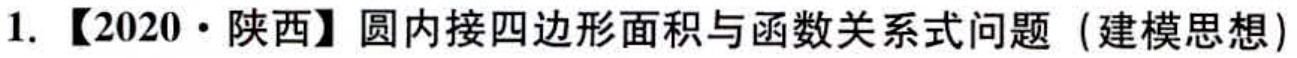
1. 【2020·陕西】圆内接四边形面积与函数关系式问题（建模思想）